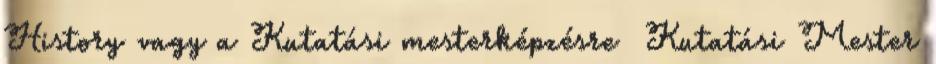
History vagy a Kutatási mesterképzésre Kutatási Mester